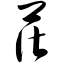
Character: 茌